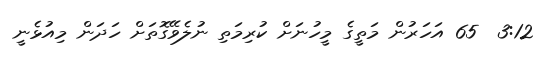
3:12  65 އަހަރުން މަތީގެ މީހުނަށް ކުރިމަތި ނުލެވޭގޮތަށް ހަދަން މިއުޅެނީ